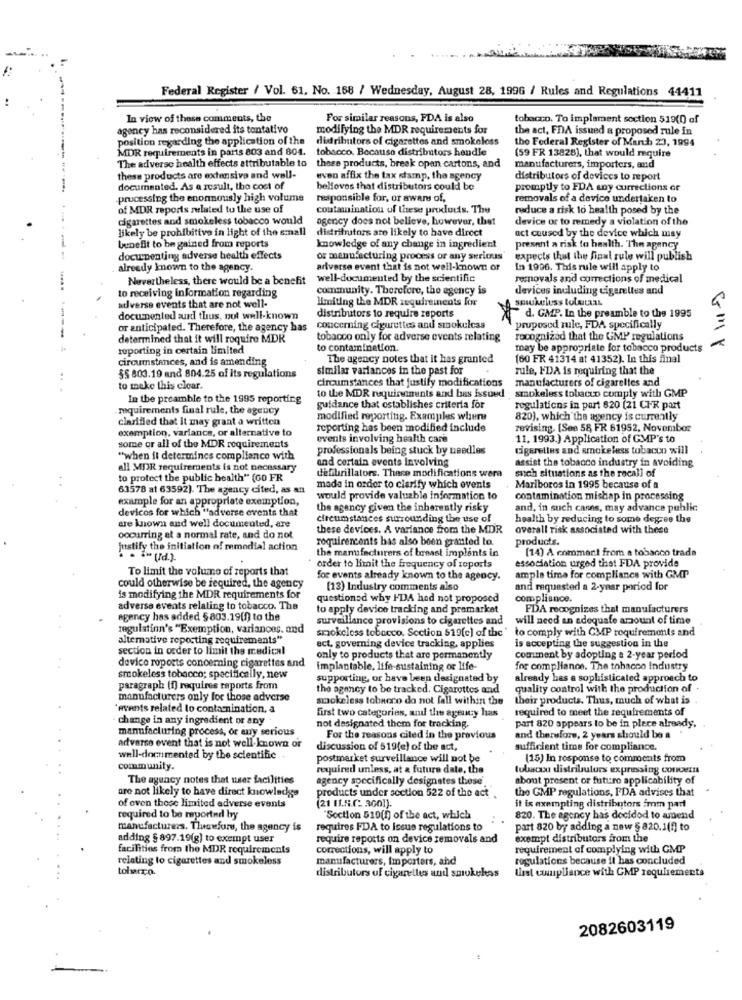
Federal Register / Vol. 61, No. 168 / Wednesday, August 28, 199G / Rules and Regulations 44411
In view of these comments, the
For similar reasons, FDA is also
tobacco. To implement section 519(0) of
agency has reconsidered its tentativo
modifying the MDR requirements for
the act, EDA issued a proposed rule in
position regarding the application of the
didributors of cigarettes and smokeloss
the Federal Register of March 23, 1994
MDR requirements in parts 803 and 804.
tobacco. Because distributors hendle
(59 FR 13828), that would require
The adverse health effects attributable to
these products, break opan cartons, and
manufacturers, importers, and
these products are extensive and well-
even affix the tax damp, the agency
distributors of devices to report
documented. As a result, the cost of
belfoves that distributors could be
promptly to FDA any corrections or
-processing the enormously high volume
responsible for, or aware of,
removals of a device undertaken to
of MDR reports related to the use of
contamination of these products. The
reduce a risk to health posed by the
cigarettes and smokeless tobacco would
agency does not believe, however, that
device or to remedy a violation of the
likely be prohibitive in light of the small
distributors are likely to have direct
act coused by the device which may
benefit to be gained from reports
knowledge of any change in ingredient
present a risk to health. The agency
documenting adverse health effects
or manufacturing process or any serious'
expects that the final rule will publish
already known to the agency.
adiverse event that is not well-known or
In 1996. This rule will apply to
Nevertheless, there would be a benefit
well-documented by the scientific
removals and corrections of medical
to receiving information regarding
community. Therefore, the agency is
devices including cigarettes and
adverse events that are not well-
limiting the MDR requirements for
smokeless tolutaas
distributors to require reports
documented and thus, not well-known
d. GMP. In the preamble to the 1995
or anticipated. Therefore, the agency has
concerning cigurettes and smokeless
proposed rule, FDA specifically
determined that it will roquire MDR
tobacco only for adverse events relating
rocognized that the GMP regulations
reporting in certain limited
to contamination.
may be appropriate for tobacco products
circumstances, and is amending
The agency notes that it has granted
(60 FR 41314 at 41352). In this final
similar variances in the past for
rule, FDA is requiring that the
§5 803.19 and 804.25 of its regulations
circumstances that justify modifications
manufacturers of cigarelles and
to make this clear.
In the preamble to the 1995 reporting
to the MDR requirements and bas issued
smokeless tobacco comply with GMP
requirements final rule, the agency
guidance that establishes criteria for
regulations in part 620 (21 CFR part
clarified that it may grant a written
modified reporting. Examples where
820), which the agency is currently
exemption, variance, or alternative to
reporting has been modified include
revising. (See 58 FR 61952, November
some or all of the MDR requirements
events involving health care
11. 1993.) Application of GMP's to
professionals being stuck by needles
Gigerelins and smokeless tobacco will
"when il determincs compliance with
and certain events involving
assist the tobacco industry in avoiding
all MDR requirements is not necessary
defibrillators. These modifications wera
to protect the public health" (60 FR
such situations as the recall of
63578 at 63592). The agency cited, as an
mada in order to clarify which events
Mariboros in 1995 because of a
example for an appropriate exemption,
would provide valuable information to
contamination mishap in processing
devicos for which "adverse events that
the agency given the inherently risky
and, in such cases, may advance public
circumstances surrounding the use of
health by reducing to some degree the
are known and well documented, are
these devices. A variance from the MDR
overall risk associated with these
occurring at a normal rate, and do not
requirements has also been granted to.
products.
justify the initiation of remedial action
the manufacturers of breast implants in
[14) A commart from a tobacco trada
essociation urged that FDA provide
To limit the volume of reports that
order to limit the frequency of reports
could otherwise be required, the agency
for events already known to the agency.
ample time for compliance with GMT
(13) Industry comments also
and requested a 2-year period for
is modifying the MDR requirements for
questionsd why FDA had not proposed
compliance.
adverse events relating to tobacco. The
to apply device tracking and pramarket
FDA recognizes that manufacturers
agency has added §803.19(0) to the
surveillance provisions to cigarettes and
will need an adequate amount of time
regulatinn's "Exemption, variances. and
smokeless tobacco. Section 519[c] of the ' to comply with CMP requirements and
alternative reporting requirements"
is accepting the suggestion in the
section in order to limit the medical
act, governing device tracking, applies
device roports concerning cigarettes and
only to products that are permanently
comment by adopting a 2-year period
implantable, life-sustaining or life-
for compliance. The tobacco industry
smokeless tobacco; specifically, new
supporting, or have been designated by
already has a sophisticated approach to
paragraph (f) requires reports from
the agency to be tracked. Cigarettes and
quality control with the production of .
manufacturers only for those adverse
smokeless tobacco do not fall within the
their products. Thus, much of what is
*events related lo contamination, a
first two categories, and the agency has
required to meet the requirements of
change in any ingredient or any
not designated them for tracking.
manufacturing process, or any serious
part 820 appears to be in place already.
For the reasons cited in the previous
and therefore, 2 years should be a
adverse event that is not well- known or
discussion of 519(e) of the act,
sufficient time for compliance.
well-documented by the scientific
postmarket surveillance will not be
(15) In response to comments from
community.
required unless, at & future date, the
tubacon distributors expressing concern
The agency notes that user facilities
agency specifically designates these
about present or future applicability of
are not likely to have direct knowledge
the GMP regulations, PDA advises that
products under section 522 of the act .
of even those limited adverse events
(21 11.5.G. 3001).
it is exempting distributors imm part
required to be reported by
"Section 510(h) of the act, which
820. The agency has decided to amend
manufacturers. Tluswfuru, the agency is
requires FDA to Issue regulations to
part 820 by adding a new § 820.1(f) to
adding § 897.19(g) to exempt user
require reports on device removals and
exempt distributors from the
facilities from the MDR requirements
corrections, will apply to
requirement of complying with GMP
relating to cigarettes and smokeless
manufacturers, Importers, and
regulations because it has concluded
tolarco.
Ust compliance with CMP requirements
distributors of cigarelles and smokekas
2082603119